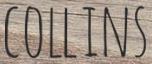
COLLINS